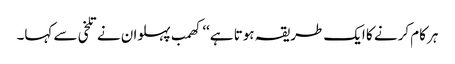
ہر کام کرنے کا ایک طریقہ ہوتا ہے‘‘ کھمب پہلوان نے تلخی سے کہا۔